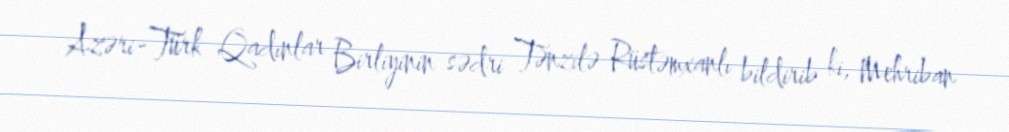
Azəri-Türk Qadınlar Birliyinin sədri Tənzilə Rüstəmxanlı bildirib ki, Mehriban